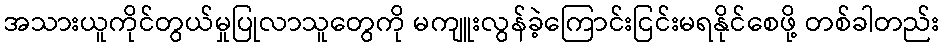
အသားယူကိုင်တွယ်မှုပြုလာသူတွေကို မကျူးလွန်ခဲ့ကြောင်းငြင်းမရနိုင်စေဖို့ တစ်ခါတည်း